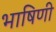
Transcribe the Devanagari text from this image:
भाषिणी